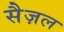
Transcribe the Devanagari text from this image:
सैज़ल